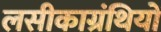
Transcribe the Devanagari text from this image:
लसीकाग्रंथियों